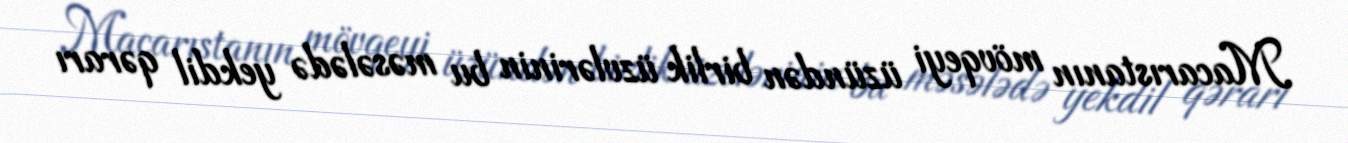
Macarıstanın mövqeyi üzündən birlik üzvlərinin bu məsələdə yekdil qərarı